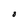
Character: O